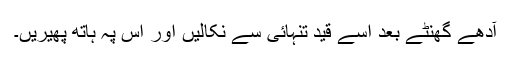
آدھے گھنٹے بعد اسے قیدِ تنہائی سے نکالیں اور اس پہ ہاتھ پھیریں۔